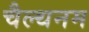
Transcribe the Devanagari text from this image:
चैल्थनम